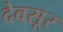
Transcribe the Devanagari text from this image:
देवसूर